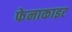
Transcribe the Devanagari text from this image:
फेनाकाइट